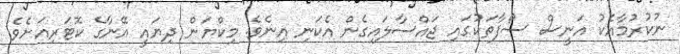
ނުކުރުމާއެކު އަނީސް ސޯފާތަކުގައި ޖައްސާލައިގެން އެކަނި އިނެވެ. މިކްޔަން ދިޔައީ އޭނާގެ ކޮޓަރިއަށެވެ.